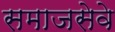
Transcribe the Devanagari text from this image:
समाजसेवे